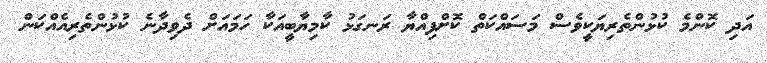
އަދި ކޮންމެ ކުޅުންތެރިޔަކީވެސް މަސައްކަތް ކޮށްފިއްޔާ ރަނގަޅު ކާމިޔާބީއަކާ ހަމައަށް ދެވިދާނެ ކުޅުންތެރިއެއްކަން